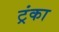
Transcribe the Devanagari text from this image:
ट्रंका